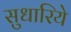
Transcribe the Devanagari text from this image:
सुधारिये